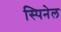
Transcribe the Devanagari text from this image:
स्पिनेल